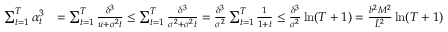
\begin{array} { r l } { \sum _ { t = 1 } ^ { T } \alpha _ { t } ^ { 3 } } & { = \sum _ { t = 1 } ^ { T } \frac { \delta ^ { 3 } } { u + \sigma ^ { 2 } t } \leq \sum _ { t = 1 } ^ { T } \frac { \delta ^ { 3 } } { \sigma ^ { 2 } + \sigma ^ { 2 } t } = \frac { \delta ^ { 3 } } { \sigma ^ { 2 } } \sum _ { t = 1 } ^ { T } \frac { 1 } { 1 + t } \leq \frac { \delta ^ { 3 } } { \sigma ^ { 2 } } \ln ( T + 1 ) = \frac { b ^ { 2 } M ^ { 2 } } { \hat { L } ^ { 2 } } \ln ( T + 1 ) } \end{array}